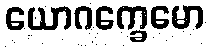
ယောဂက္ခေမော